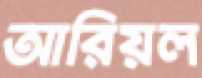
আরিয়ল